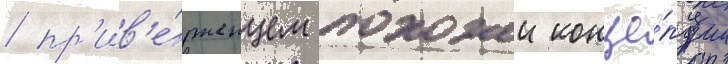
/ пр'ив'е́рженцем похожеи конце́пции